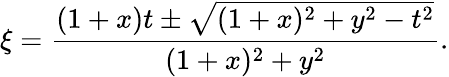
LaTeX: \xi=\frac{(1+x)t\pm\sqrt{(1+x)^{2}+y^{2}-t^{2}}}{(1+x)^{2}+y^{2}}.